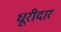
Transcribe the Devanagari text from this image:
धूरीदार